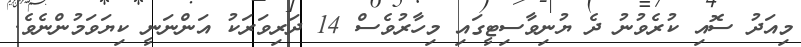
މިއަދު ސޮއި ކުރެވުނު ދެ ޔުނިވާސިޓީގައި މިހާރުވެސް 14 ދަރިވަރަކު އަންނަނީ ކިޔަވަމުންނެވެ.